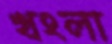
খংলা